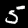
Label: 5